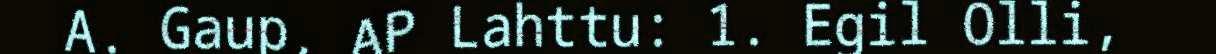
A. Gaup, AP Lahttu: 1. Egil Olli,